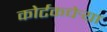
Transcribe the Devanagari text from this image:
कोर्टकचेर्‍या